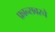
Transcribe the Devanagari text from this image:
फ्रान्सवरचे